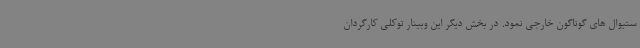
ستیوال های گوناگون خارجی نمود. در بخش دیگر این وبینار توکلی کارگردان